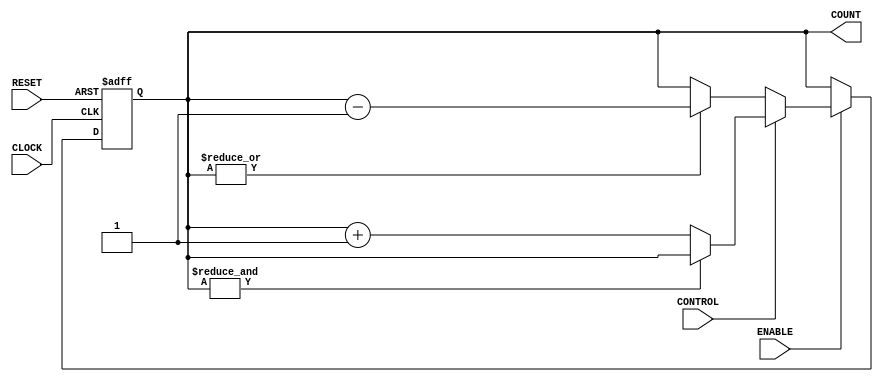
/**********************************************************************************************************
 * ECE 527L
 * Ussash Arafat
 *
 * LAB 1b: Verilog coding and simulation review
 * ********************************************************************************************************
 * Scalable saturating up/down counter with clock, reset, enable and direction control signal
 * ********************************************************************************************************/

`timescale 1ns/1ps //Declaring  reference time and time precision

module COUNTER(CLOCK, RESET, ENABLE, CONTROL, COUNT);
parameter SIZE = 4; //Parameterization which makes the module scalable

//Declaring I/O
input wire CLOCK, RESET, ENABLE, CONTROL;
output reg [SIZE-1:0]COUNT;

always @(posedge CLOCK, negedge RESET) //Output is sensitive to rising edge of CLOCK signal
                                       //and negative edge of RESET signal
begin
if(!RESET) COUNT <= 0; //If RESET is active counter initializes to 0
else
   begin
   if(ENABLE) //If ENABLE is active the count begins
       begin
       if(CONTROL) //If the CONTROL is high, count goes up
              begin
               if(&COUNT) COUNT <= COUNT; //Counter stop counts and hold the value if all the bits are high
               else COUNT <= COUNT+1; // Up counting
             end
       else
         begin
           if(~|COUNT) COUNT<= COUNT; //Counter stop counts and hold the value if all the bits are low
           else COUNT <= COUNT-1; //Down counting
         end
       end
   else COUNT <=COUNT; //If ENABLE is not active, counter holds its value
   end
end
endmodule